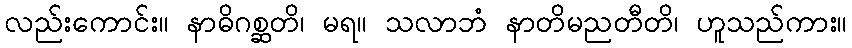
လည်းကောင်း။ နာဓိဂစ္ဆတိ၊ မရ။ သလာဘံ နာတိမညတီတိ၊ ဟူသည်ကား။